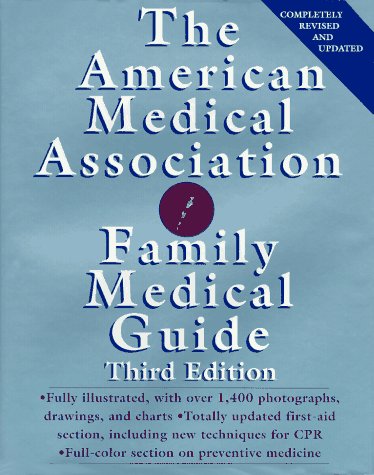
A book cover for The American Medical Association Family Medical Guide (AMA Family Medical Guide); American Medical Association; Health, Fitness & Dieting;